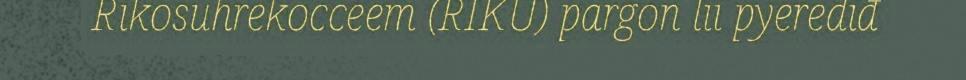
Rikosuhrekocceem (RIKU) pargon lii pyerediđ